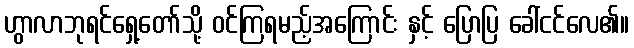
ဟွာလာဘုရင်ရှေ့တော်သို့ ဝင်ကြရမည့်အကြောင်း နှင့် ပြောပြ ခေါ်ငင်လေ၏။